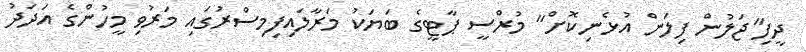
ދީފި"ޖަލުން ފިލަން އުޅެނިކޮށް" މުރްސީ ޕާޓީގެ ބަޔަކު މަރާލައިފިމިސްރުގައި މަރުވި މީހުންގެ އަދަދު